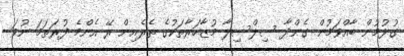
ގުޅުމުން ބާއްވަމުން ގެންދާ ސިލްސިލާ މުޒާހަރާތަކުގެ ތެރެއިން ރޭ އެންމެ ފުރަތަމަ ނުވަ